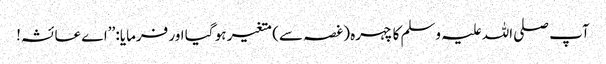
آپ صلی اللہ علیہ وسلم کا چہرہ (غصہ سے) متغیر ہو گیا اور فرمایا: ’’اے عائشہ!